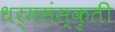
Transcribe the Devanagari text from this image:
धर्मसंस्कृती